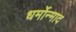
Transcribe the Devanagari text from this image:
धर्मोन्माद